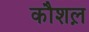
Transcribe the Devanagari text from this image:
कौशल़